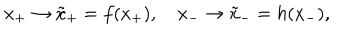
x _ { + } \rightarrow { \tilde { x } } _ { + } = f ( x _ { + } ) , { } ~ x _ { - } \rightarrow { \tilde { x } } _ { - } = h ( x _ { - } ) ,